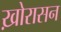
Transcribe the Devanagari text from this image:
ख़ोरासन